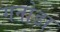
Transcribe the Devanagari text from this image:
गनोडा